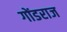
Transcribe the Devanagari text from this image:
गोंडराज